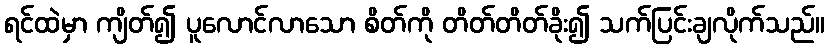
ရင်ထဲမှာ ကျိတ်၍ ပူလောင်လာသော စိတ်ကို တိတ်တိတ်ခိုး၍ သက်ပြင်းချလိုက်သည်။